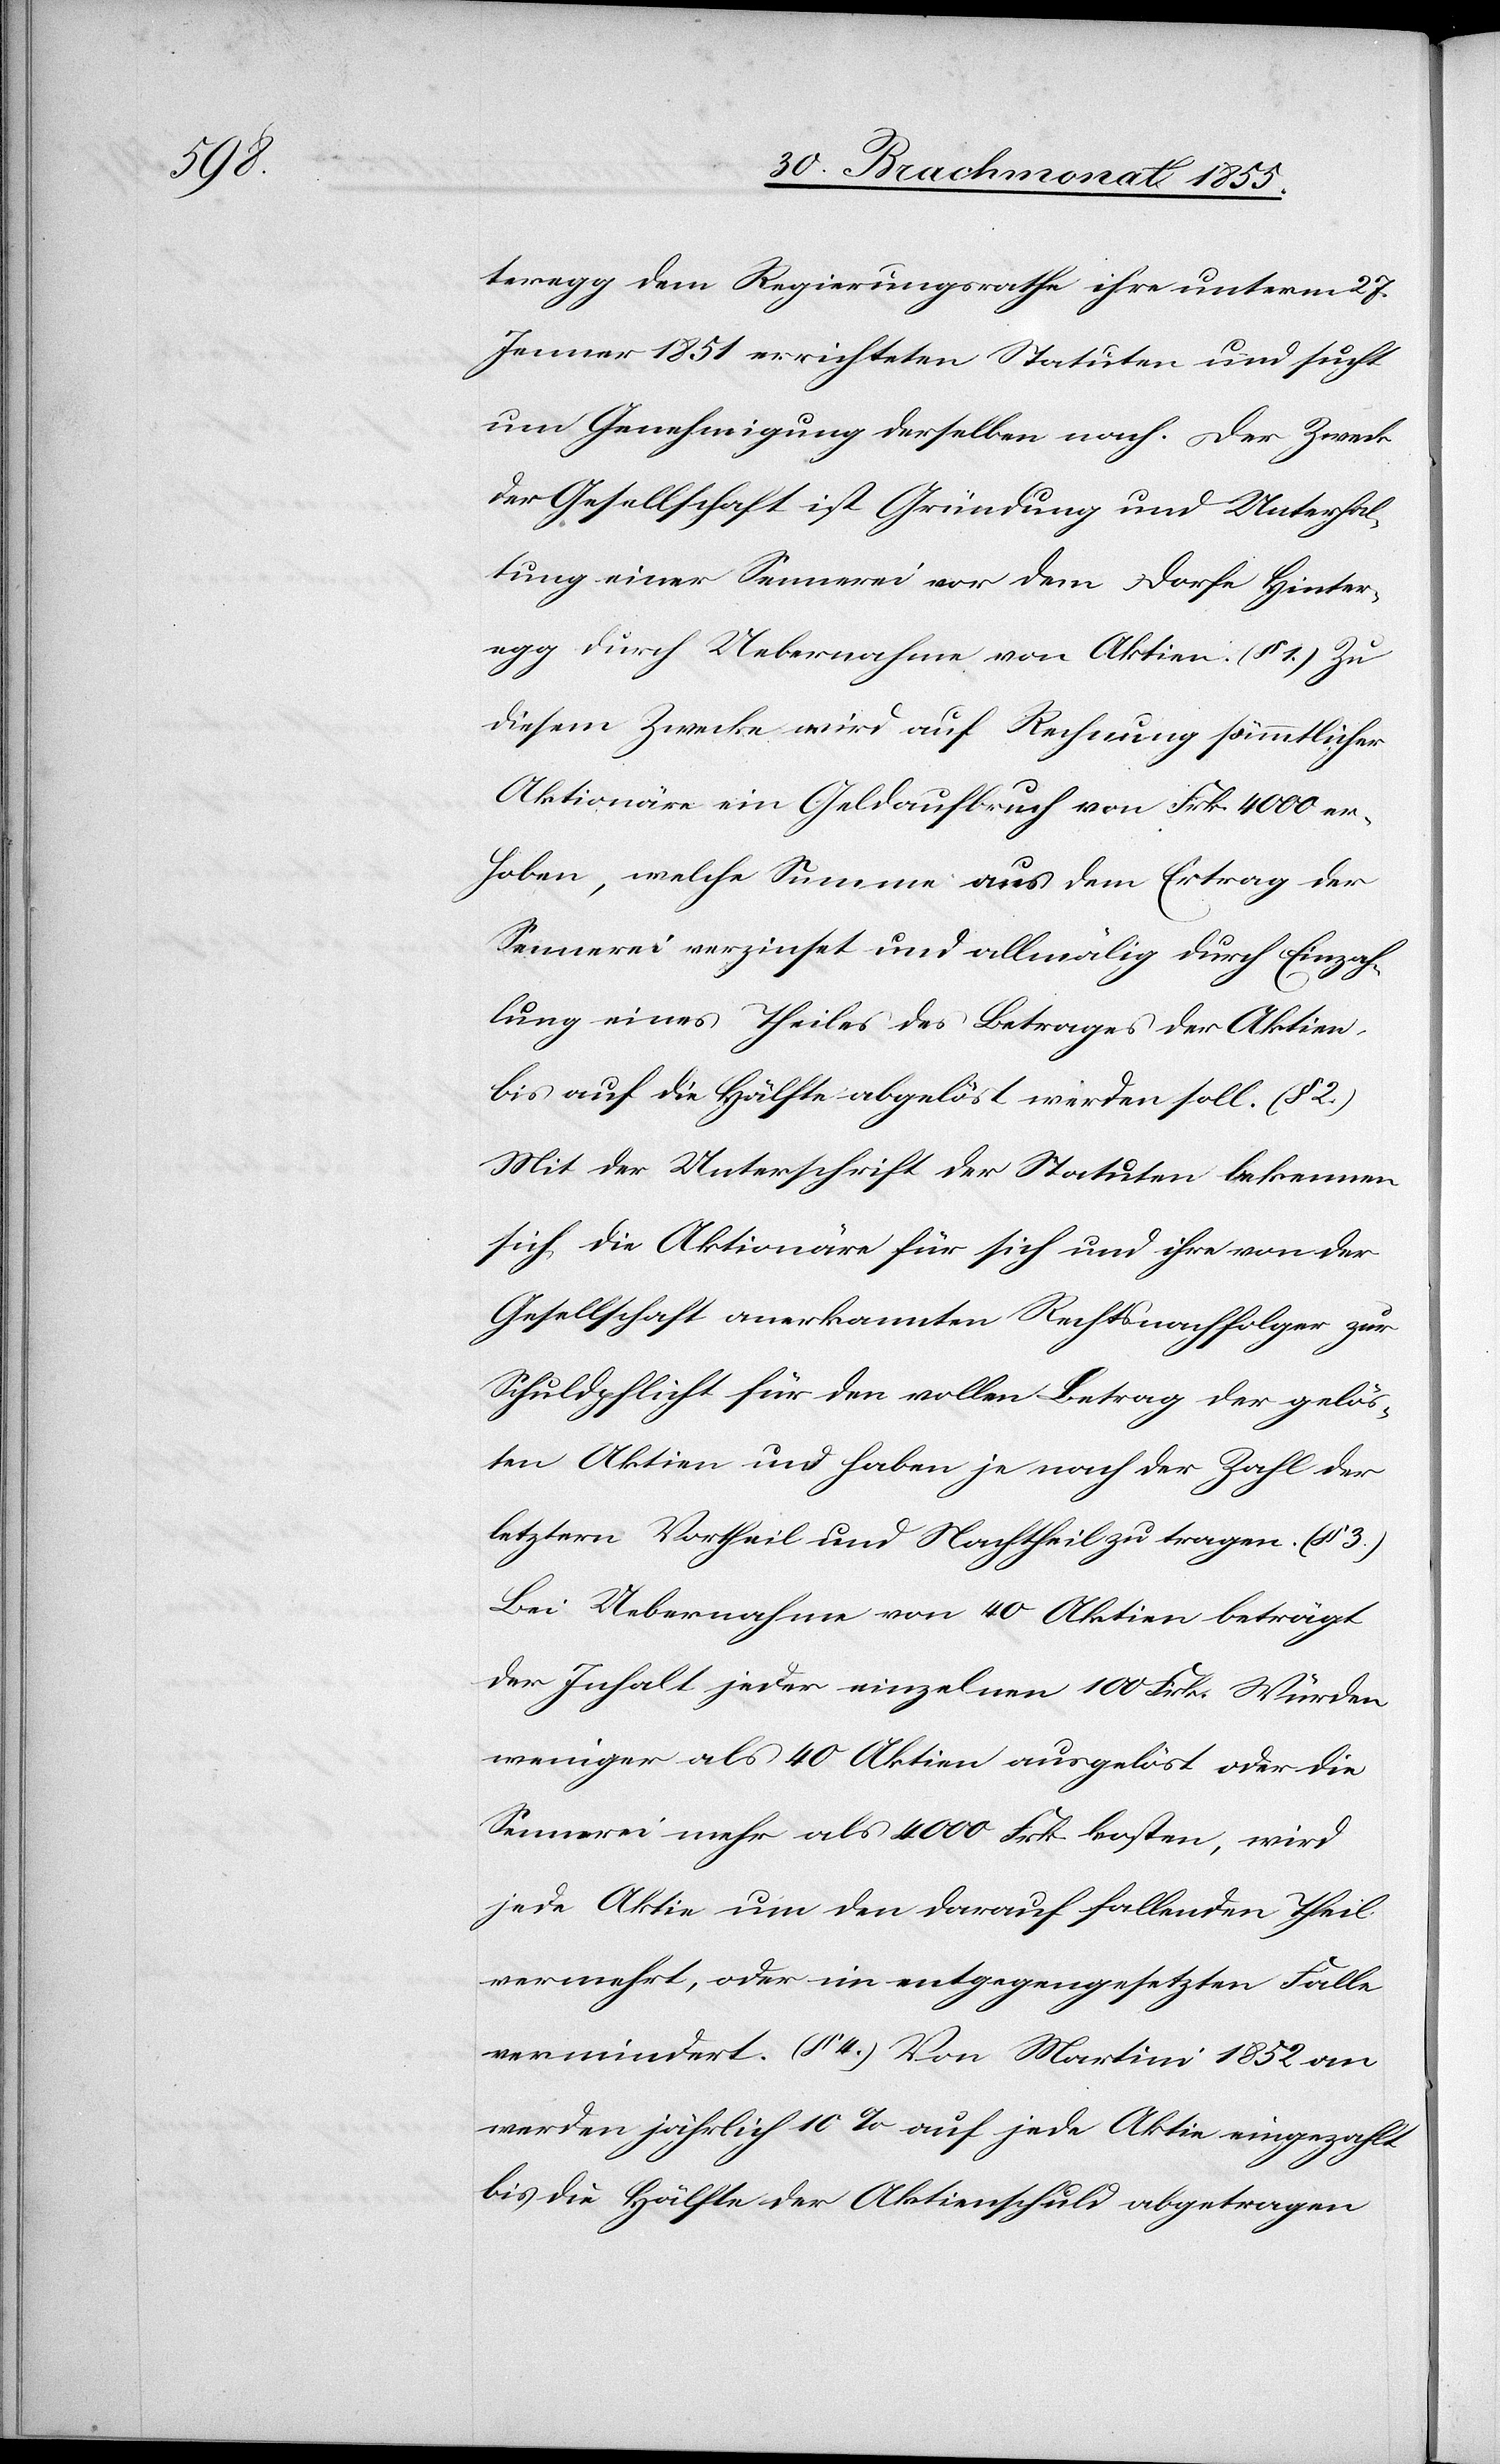
teregg dem Regierungsrathe ihre unterm 27.
Jenner 1851 errichteten Statuten und sucht
um Genehmigung derselben nach. Der Zweck
der Gesellschaft ist Gründung und Unterhal¬
tung einer Sennerei vor dem Dorfe Hinter¬
egg durch Uebernahme von Aktien. (§ 1.) Zu
diesem Zwecke wird auf Rechnung sämmtlicher
Aktionäre ein Geldaufbruch von Frk. 4000 er¬
hoben, welche Summe aus dem Ertrag der
Sennerei verzinset und allmälig durch Einzah¬
lung eines Theiles des Betrages der Aktien
bis auf die Hälfte abgelöst werden soll. (§ 2.)
Mit der Unterschrift der Statuten bekennen
sich die Aktionäre für sich und ihre von der
Gesellschaft anerkannten Rechtsnachfolger zur
Schuldpflicht für den vollen Betrag der gelös¬
ten Aktien und haben je nach der Zahl der
letztern Vortheil und Nachtheil zu tragen. (§ 3.)
Bei Uebernahme von 40 Aktien beträgt
der Inhalt jeder einzelnen 100 Frk. Würden
weniger als 40 Aktien ausgelöst oder die
Sennerei mehr als 4000 Frk. kosten, wird
jede Aktie um den darauf fallenden Theil
vermehrt, oder im entgegengesetzten Falle
vermindert. (§ 4.) Von Martini 1852 an
werden jährlich 10% auf jede Aktie eingezahlt
bis die Hälfte der Aktienschuld abgetragen